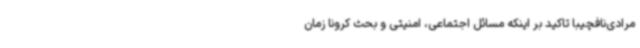
مرادی‌نافچیبا تاکید بر اینکه مسائل اجتماعی، امنیتی و بحث کرونا زمان